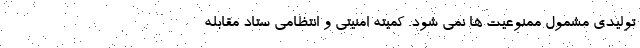
تولیدی مشمول ممنوعیت ها نمی شود. کمیته امنیتی و انتظامی ستاد مقابله